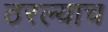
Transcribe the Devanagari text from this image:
ठरल्याच